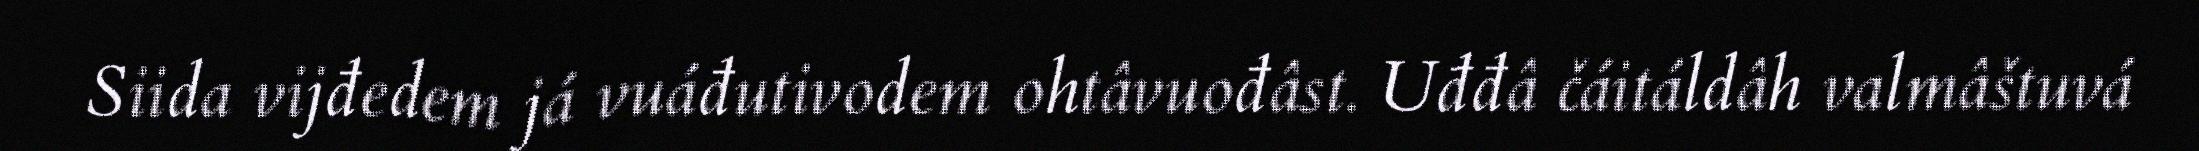
Siida vijđedem já vuáđutivodem ohtâvuođâst. Uđđâ čáitáldâh valmâštuvá